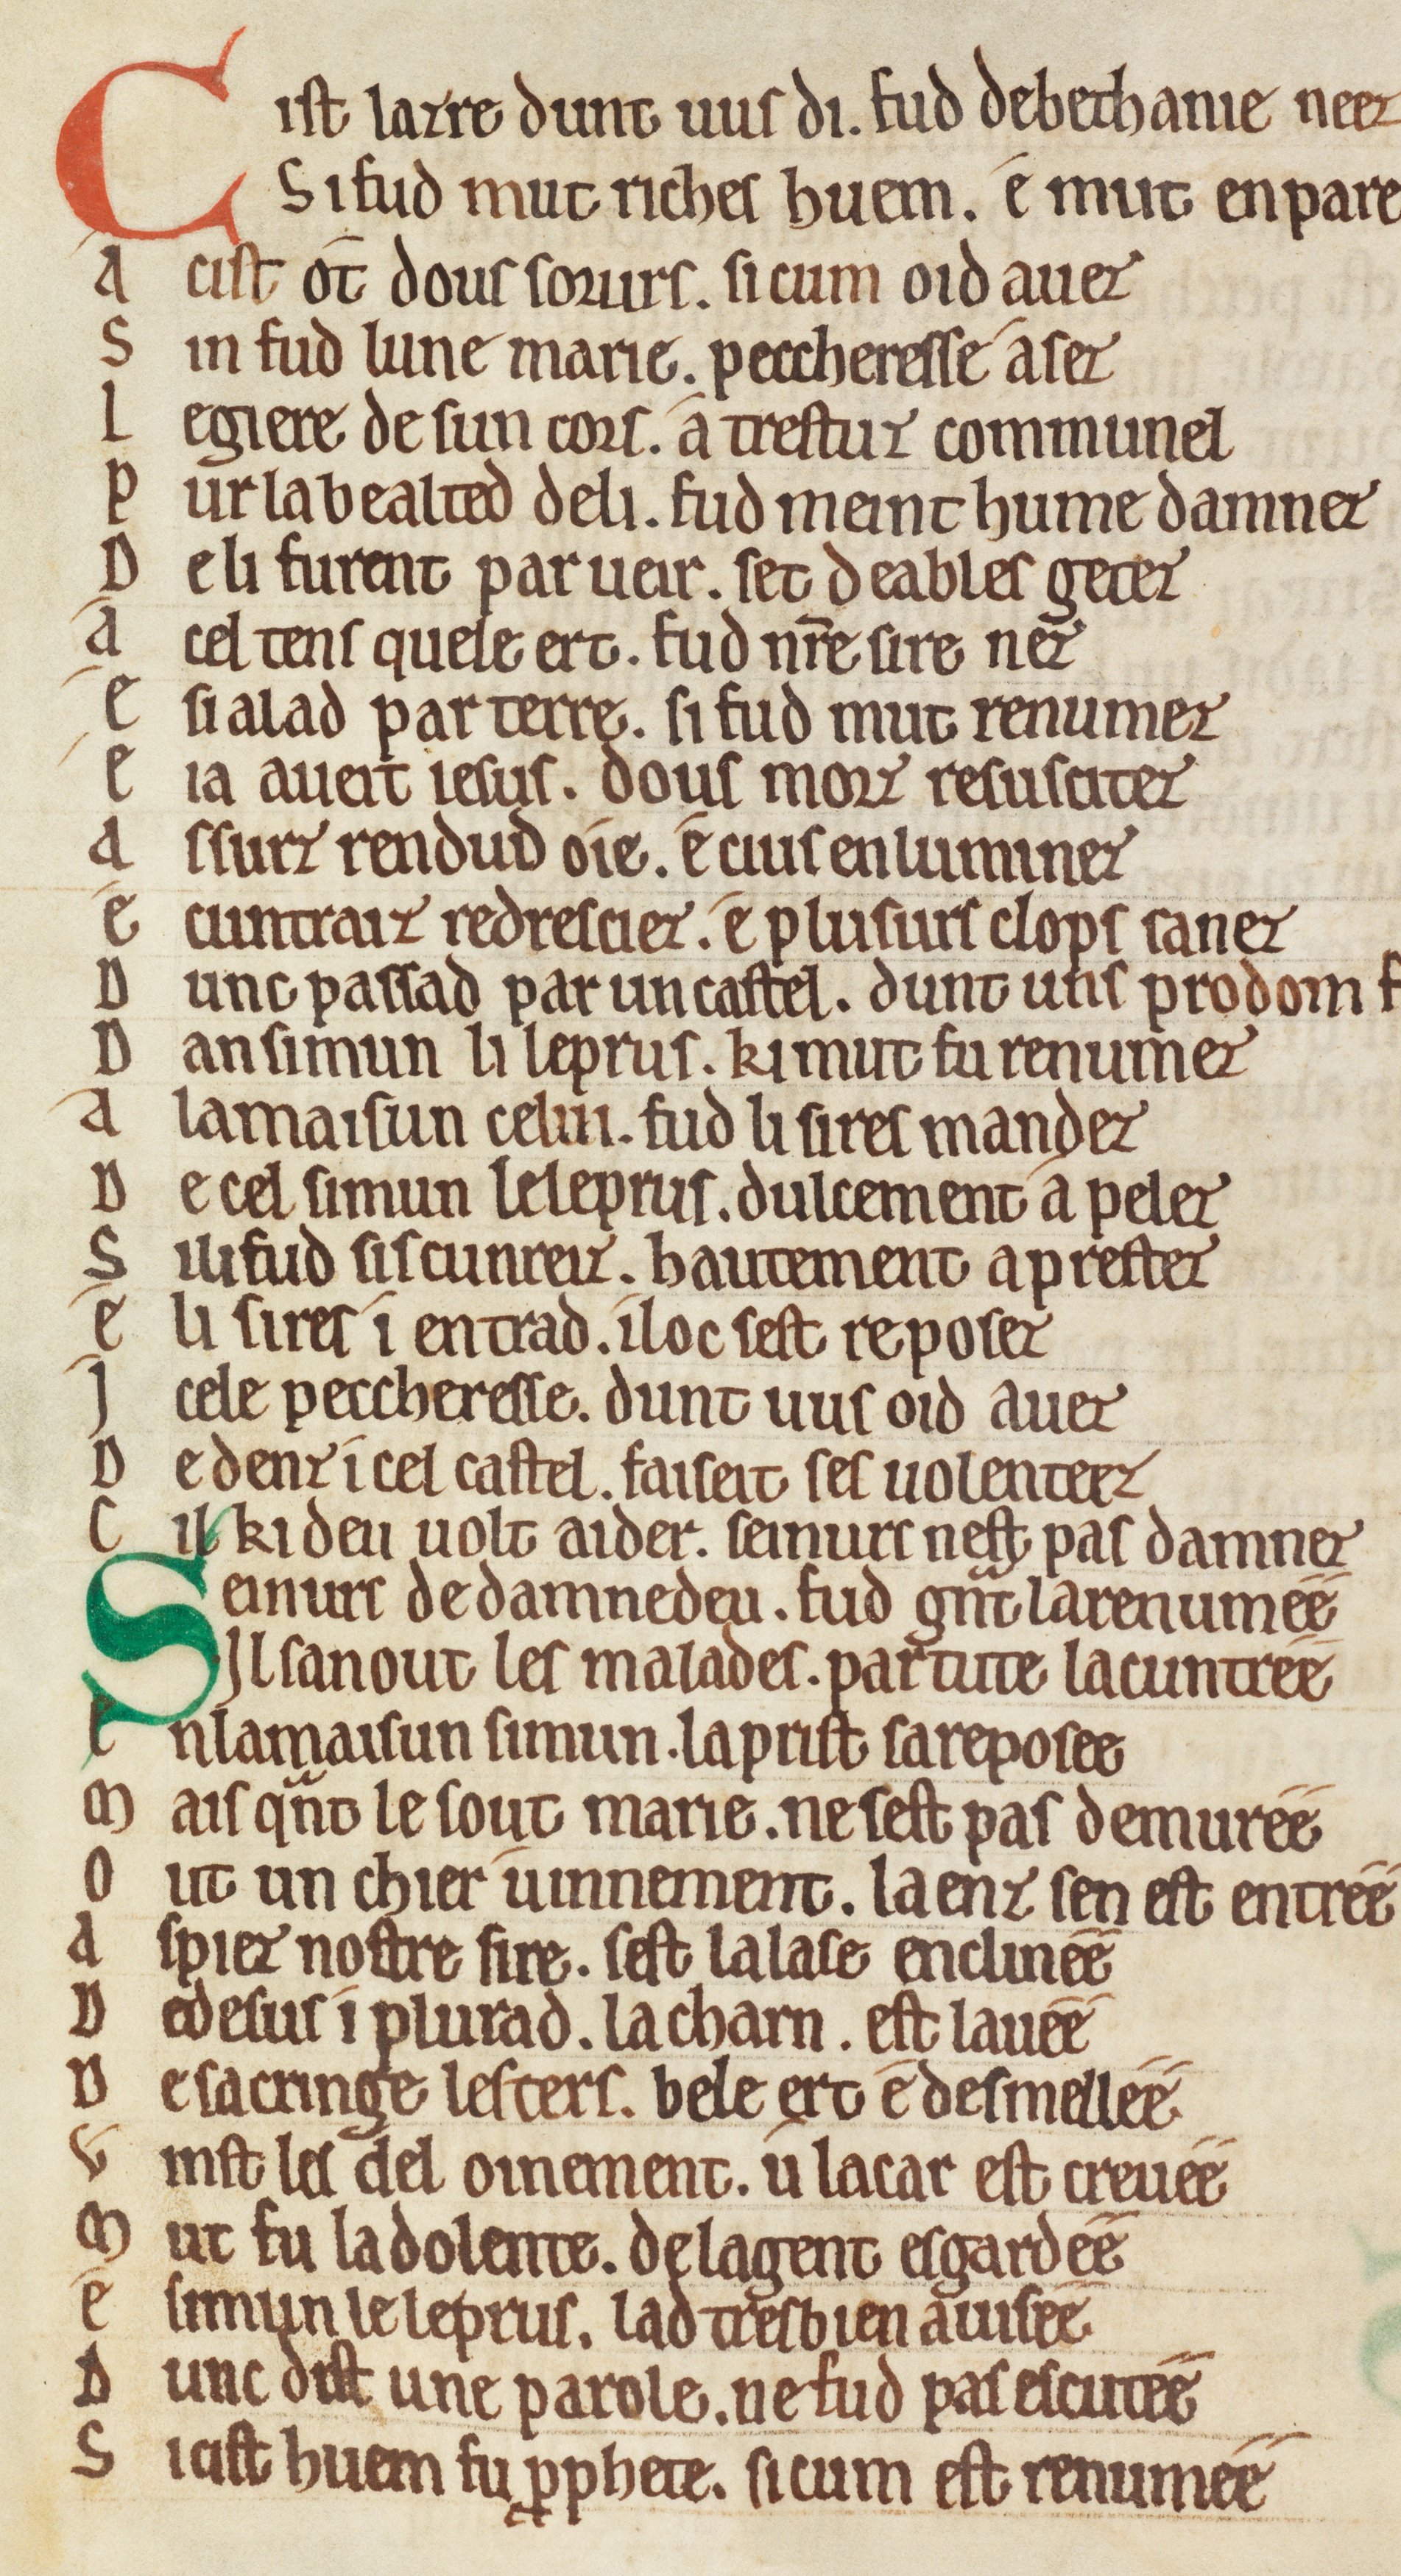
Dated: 1175–1199